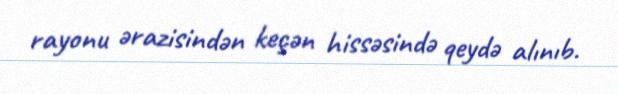
rayonu ərazisindən keçən hissəsində qeydə alınıb.